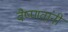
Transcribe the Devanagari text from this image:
वैष्णवांनी